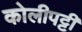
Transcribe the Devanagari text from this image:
कोलीपट्टी